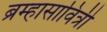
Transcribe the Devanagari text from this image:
ब्रम्हासावित्री